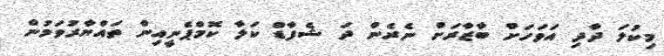
މިކުލަ ދާދި އަވަހަށް ބާޒާރަށް ނެރެން ދަ ޝެފާޑް ކަލާ ކޮމްޕެނީއިން ތައްޔާރުވަމުން